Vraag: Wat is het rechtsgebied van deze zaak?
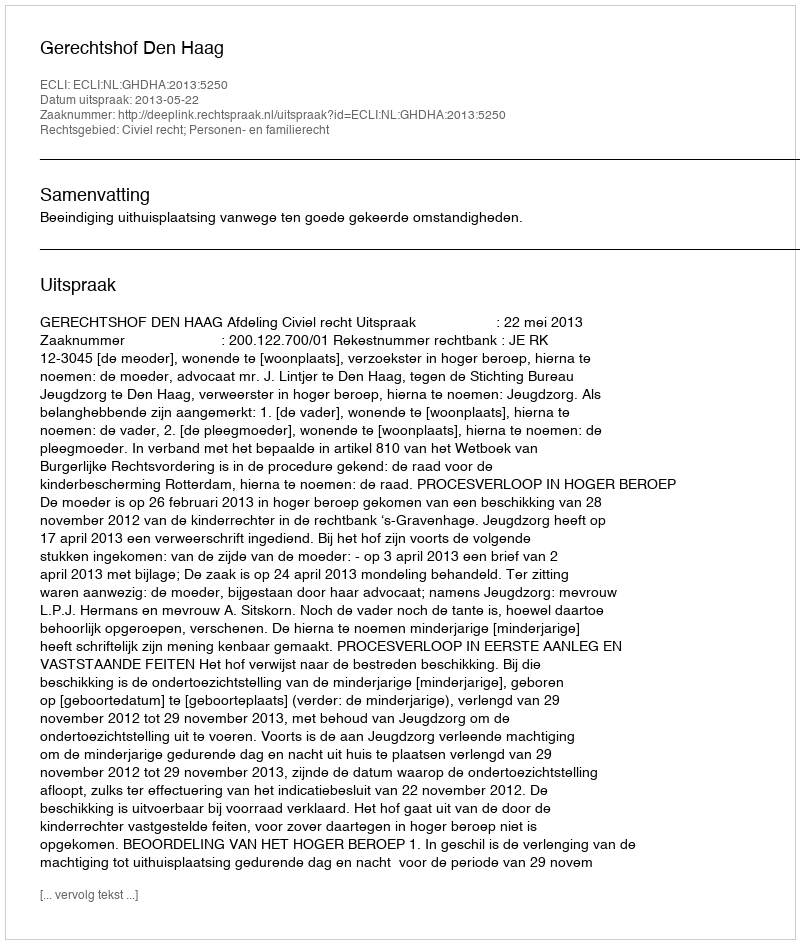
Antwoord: Civiel recht; Personen- en familierecht